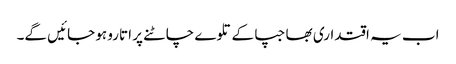
اب یہ اقتداری بھاجپا کے تلوے چاٹنے پر اتارو ہو جائیں گے۔